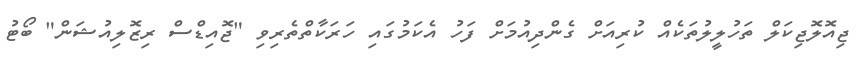
ޖިއޮލޮޖިކަލް ތަހުލީލުތަކެއް ކުރިއަށް ގެންދިއުމަށް ފަހު އެކަމުގައި ހަރަކާތްތެރިވި "ޖޮއިޑްސް ރިޒޮލިއުޝަން" ބޯޓު